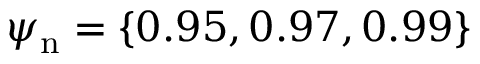
\psi _ { \mathrm { n } } = \{ 0 . 9 5 , 0 . 9 7 , 0 . 9 9 \}